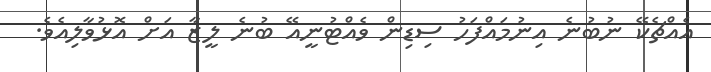
އެއްޗެކޭ ނުބުނެ އިނުމައްފަހު ސިޑިން ވެއްޓުނީއޭ ބުނެ ލީޒާ އަށް އޮޅުވާލިއެވެ.